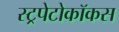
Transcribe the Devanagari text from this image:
स्ट्रपेटोकॉकस